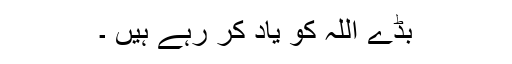
بڈے اللہ کو یاد کر رہے ہیں ۔